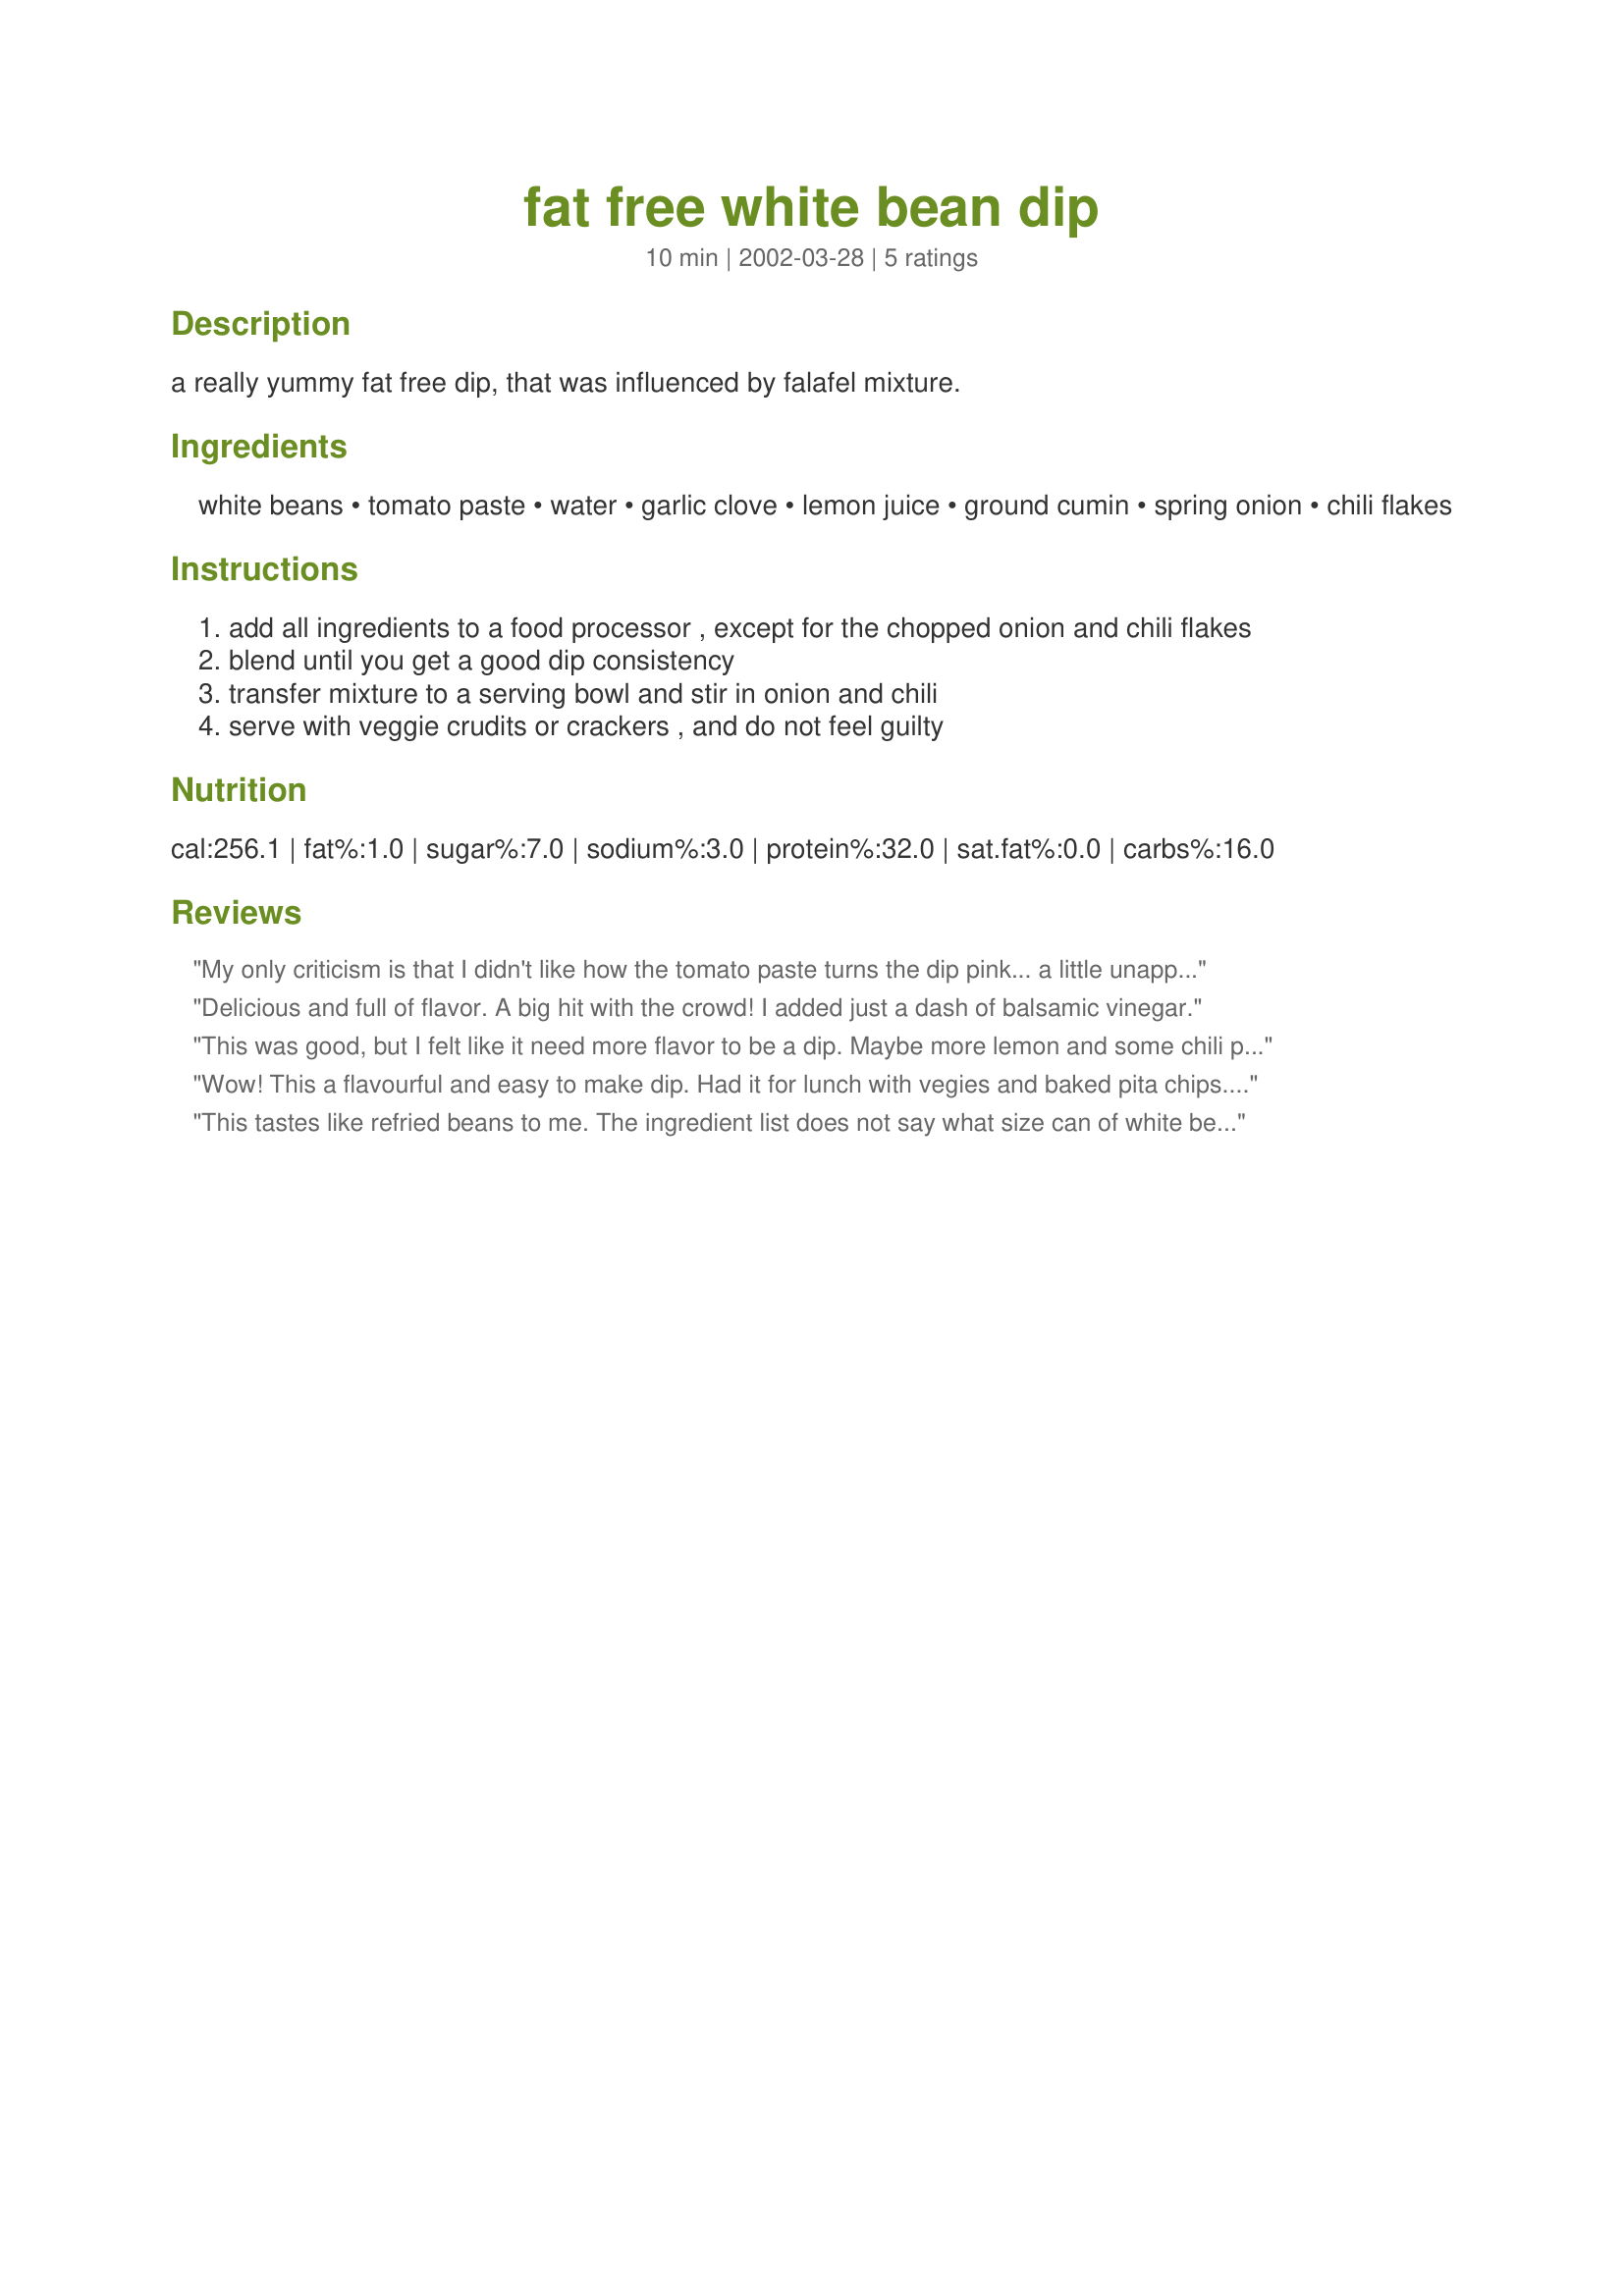
fat free white bean dip
Preparation time: 10 minutes

a really yummy fat free dip, that was influenced by falafel mixture.

Ingredients:
white beans, tomato paste, water, garlic clove, lemon juice, ground cumin, spring onion, chili flakes

Steps:
add all ingredients to a food processor , except for the chopped onion and chili flakes
blend until you get a good dip consistency
transfer mixture to a serving bowl and stir in onion and chili
serve with veggie crudits or crackers , and do not feel guilty

Reviews:
My only criticism is that I didn't like how the tomato paste turns the dip pink... a little unappetizing. But the flavor is good (with some salt!). I opted for cannelini beans... don't know what barlotti are... maybe British?
Delicious and full of flavor. A big hit with the crowd! I added just a dash of balsamic vinegar.
This was good, but I felt like it need more flavor to be a dip. Maybe more lemon and some chili powder. I love that it was a cinch to whip up and was pretty much guilt free snacking. Thanks for posting the recipe.
Wow! This a flavourful and easy to make dip. Had it for lunch with vegies and baked pita chips. Who needs fat?
This tastes like refried beans to me. The ingredient list does not say what size can of white beans to use and I had a 15 oz can of navy beans or a 19 oz can of cannelini beans. I opted for the navy beans and thought it was a pretty good choice. I had some with homemade tortilla chips tonight and plan to take the rest to work for lunch tomorrow with lots of veggies.
